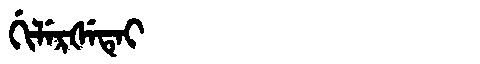
Manchu: ᡤᡳᠯᡝᡵᡧᡝᡨᡝᡳ
Romanization: GILERŠETEI